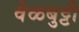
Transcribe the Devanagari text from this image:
वेळबुट्टी